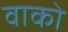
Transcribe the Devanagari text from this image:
वाको